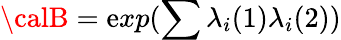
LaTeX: {\calB}=\mathrm{e}xp(\sum{\lambda}_{i}(1){\lambda}_{i}(2))